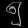
Digit: ၅